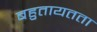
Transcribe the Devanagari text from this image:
बहुतायतता